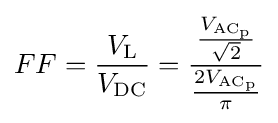
FF={\frac {V_{\mathrm {L} }}{V_{\mathrm {DC} }}}={\frac {\frac {V_{\mathrm {AC_{p}} }}{\sqrt {2}}}{\frac {2V_{\mathrm {AC_{p}} }}{\pi }}}